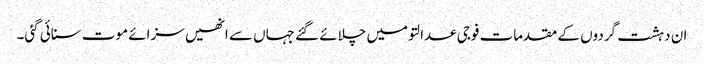
ان دہشت گردوں کے مقدمات فوجی عدالتو میں چلائے گئے جہاں سے انھیں سزائے موت سنائی گئی۔